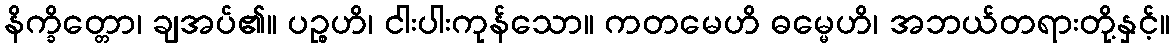
နိက္ခိတ္တော၊ ချအပ်၏။ ပဉ္စဟိ၊ ငါးပါးကုန်သော။ ကတမေဟိ ဓမ္မေဟိ၊ အဘယ်တရားတို့နှင့်။